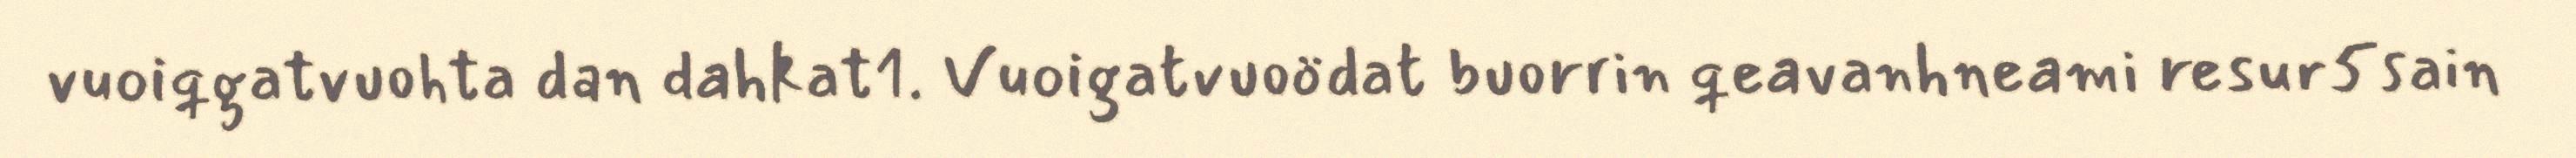
vuoiqgatvuohta dan dahkat1. Vuoigatvuoödat buorrin qeavanhneami resur5sain